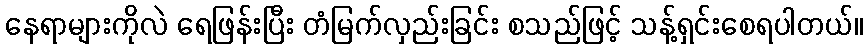
နေရာများကိုလဲ ရေဖြန်းပြီး တံမြက်လှည်းခြင်း စသည်ဖြင့် သန့်ရှင်းစေရပါတယ်။